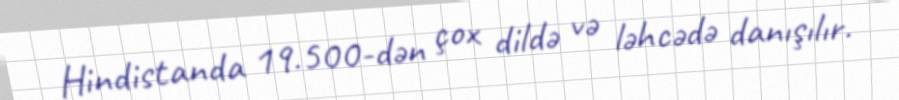
Hindistanda 19.500-dən çox dildə və ləhcədə danışılır.